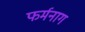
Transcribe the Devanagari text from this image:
फर्मनाग